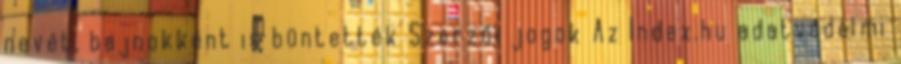
nevét, bajnokként is büntették Szerzői jogok Az Index.hu adatvédelmi